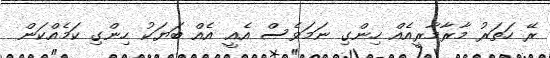
ރޭ ހަތަރު މާރާމާރީއެއް ހިންގި ނަމަވެސް އެއީ އެއް ބަޔަކު ހިންގި ކަމެއްކަން